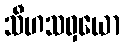
သီဟသဝှယော